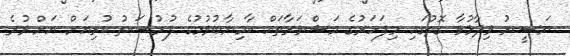
ނަސީރު ވިދާޅުވާ ގޮތުގައި މިފަހަރުގެ މަޝްވަރާތައް ކާމިޔާބުވުމުގެ ފުރުސަތު ކުރިއަށް އަށް ވުރެ